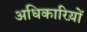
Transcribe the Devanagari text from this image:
अधिकारिय़ों